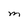
Character: M